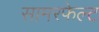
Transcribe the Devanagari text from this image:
सामरफेल्ट